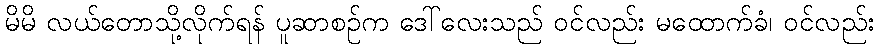
မိမိ လယ်တောသို့လိုက်ရန် ပူဆာစဉ်က ဒေါ်လေးသည် ဝင်လည်း မထောက်ခံ၊ ဝင်လည်း